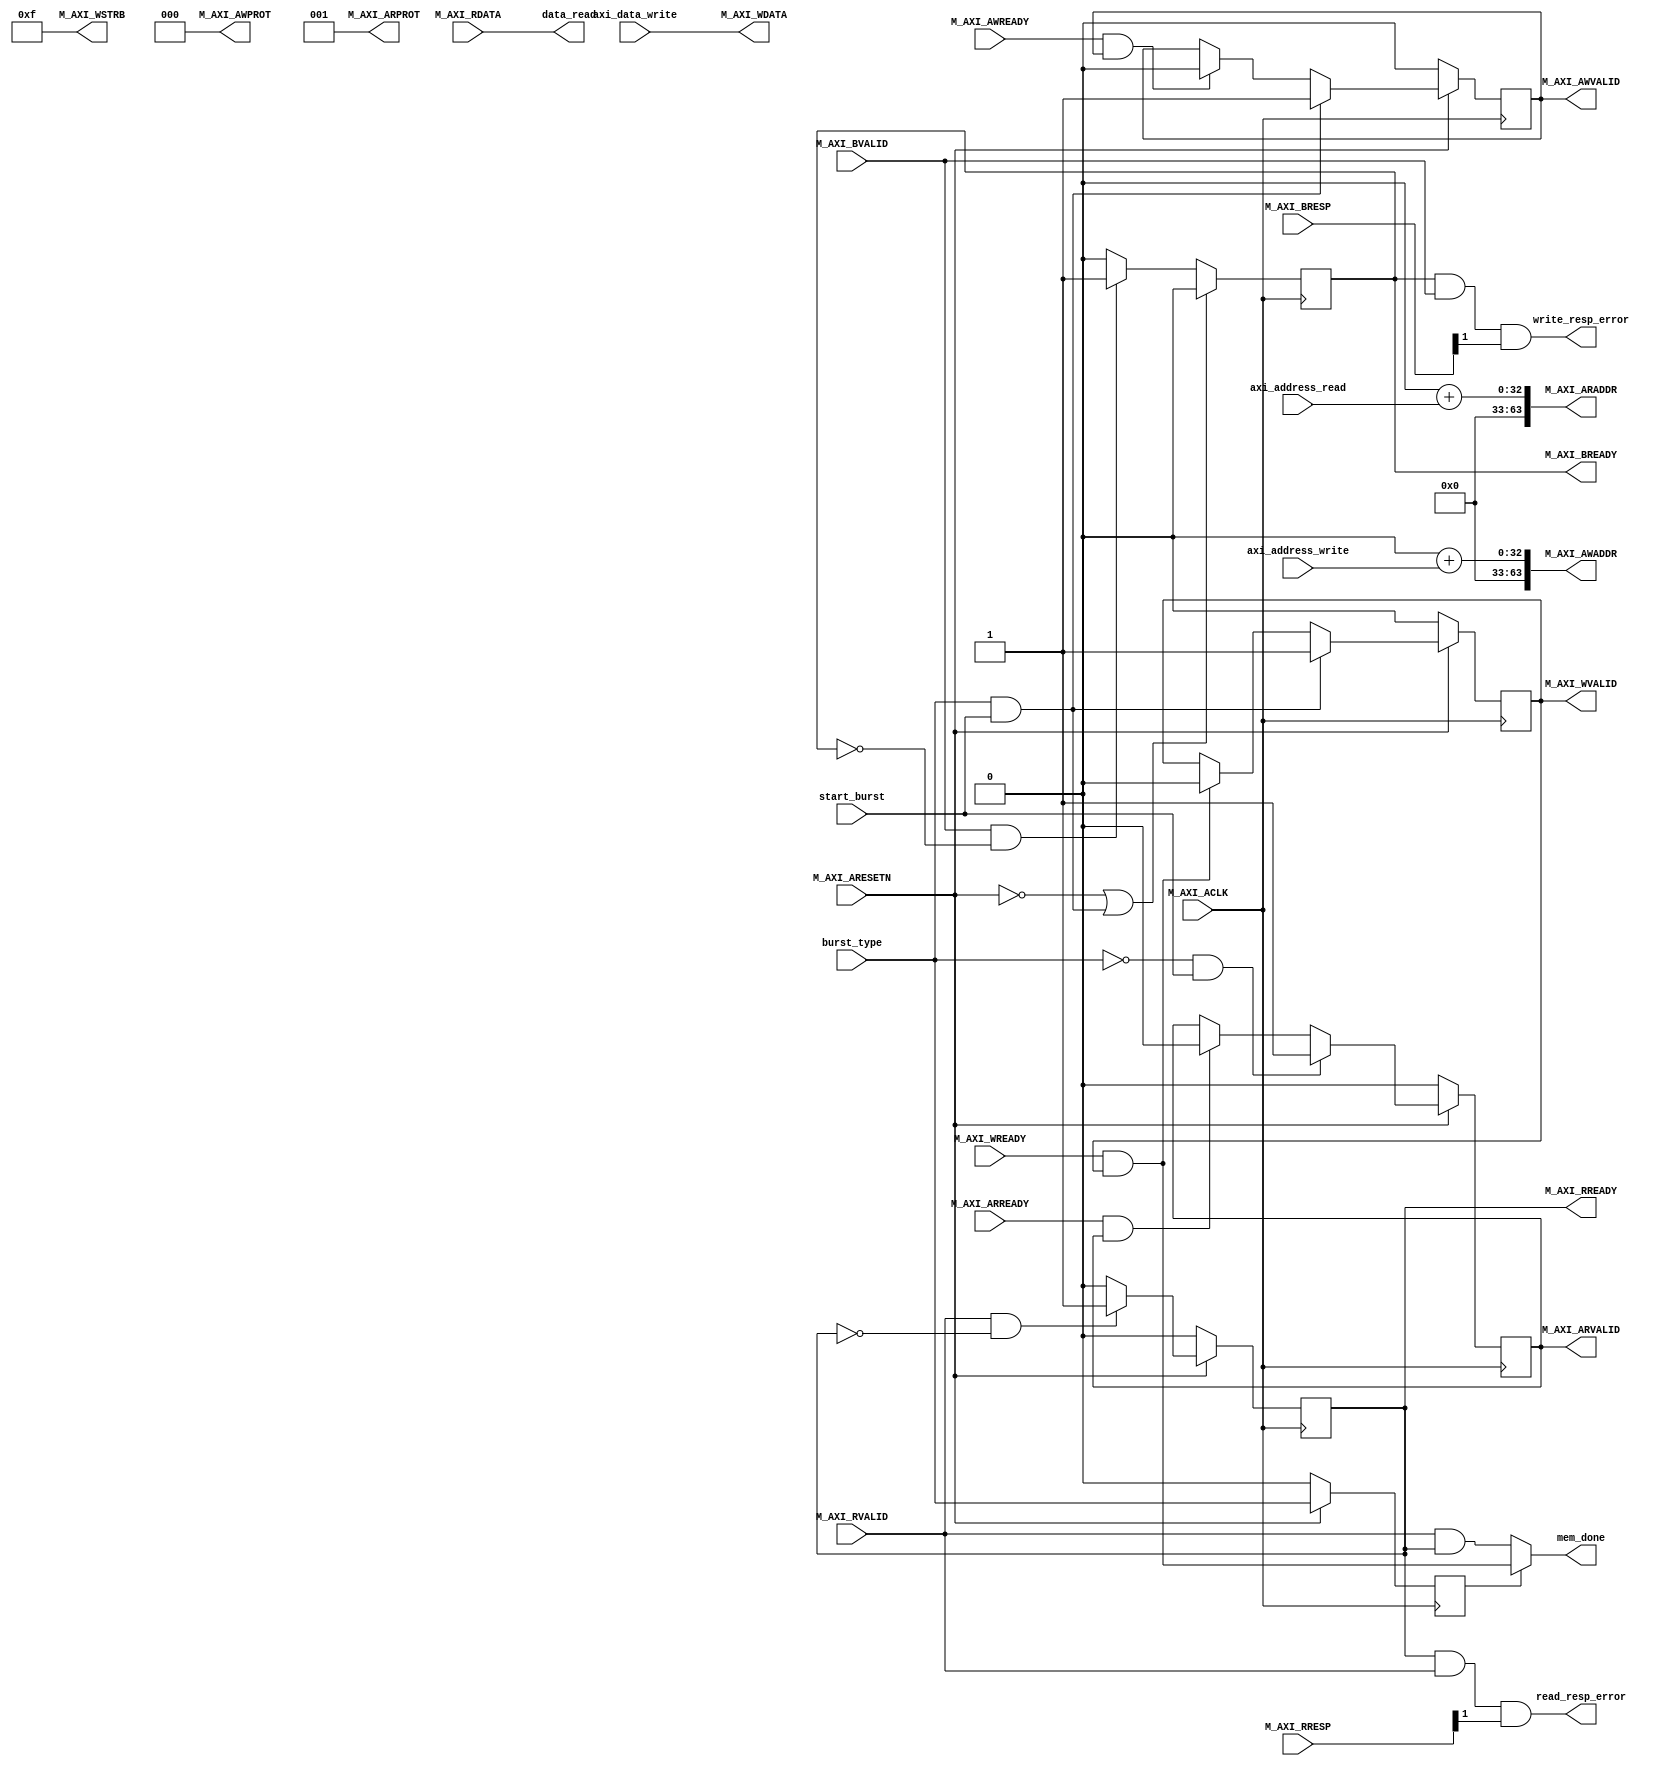
//******************************************************************************
// Copyright (c) 2018 - 2023, Indian Institute of Science, Bangalore.
// All Rights Reserved. See LICENSE for license details.
//------------------------------------------------------------------------------

// Contributors // Manish Kumar(manishkumar5@iisc.ac.in), Shubham Yadav(shubhamyadav@iisc.ac.in)
// Sajin S (sajins@alum.iisc.ac.in), Shubham Sunil Garag (shubhamsunil@alum.iisc.ac.in)
// Anuj Phegade (anujphegade@alum.iisc.ac.in), Deepshikha Gusain (deepshikhag@alum.iisc.ac.in)
// Ronit Patel (ronitpatel@alum.iisc.ac.in), Vishal Kumar (vishalkumar@alum.iisc.ac.in)
// Kuruvilla Varghese (kuru@iisc.ac.in)
//******************************************************************************
`timescale 1 ns / 1 ps

    (* keep_hierarchy = "yes" *)
    module axi_lite_master_interface_dcache
    #
    (
        // Users to add parameters here

        // User parameters ends
        // Do not modify the parameters beyond this line

        // The master will start generating data from the C_M_START_DATA_VALUE value
        parameter  C_M_START_DATA_VALUE = 64'h00000000,
        // The master requires a target slave base address.
        // The master will initiate read and write transactions on the slave with base address specified here as a parameter.
        parameter  C_M_TARGET_SLAVE_BASE_ADDR   = 64'h00000000,
        // Width of M_AXI address bus.
        // The master generates the read and write addresses of width specified as C_M_AXI_ADDR_WIDTH.
        parameter integer C_M_AXI_ADDR_WIDTH    = 64,
        // Width of M_AXI data bus.
        // The master issues write data and accept read data where the width of the data bus is C_M_AXI_DATA_WIDTH
        parameter integer C_M_AXI_DATA_WIDTH    = 32
    )
    (
        // Users to add ports here
        output wire mem_done,
        input  wire burst_type, // 1-> write to memory, 0-> read from memory
        input  wire [31:0]axi_address_read,
        input  wire [31:0]axi_address_write,
        input  wire [31:0]axi_data_write, //cache line to be read/written
        output wire [31:0]data_read,
        input  wire start_burst,                               // Start read transaction
 //     output wire [63 : 0] data_read,                       // data read from slave
        output wire read_resp_error,                          // flag any read response error
        output wire write_resp_error,

        // User ports ends
        // Do not modify the ports beyond this line


        input wire  M_AXI_ACLK,
        // AXI active low reset signal
        input wire  M_AXI_ARESETN,
        // Master Interface Write Address Channel ports. Write address (issued by master)
        output wire [C_M_AXI_ADDR_WIDTH-1 : 0] M_AXI_AWADDR,
        // Write channel Protection type.
    // This signal indicates the privilege and security level of the transaction,
    // and whether the transaction is a data access or an instruction access.
        output wire [2 : 0] M_AXI_AWPROT,
        // Write address valid.
    // This signal indicates that the master signaling valid write address and control information.
        output wire  M_AXI_AWVALID,
        // Write address ready.
    // This signal indicates that the slave is ready to accept an address and associated control signals.
        input wire  M_AXI_AWREADY,
        // Master Interface Write Data Channel ports. Write data (issued by master)
        output wire [C_M_AXI_DATA_WIDTH-1 : 0] M_AXI_WDATA,
        // Write strobes.
    // This signal indicates which byte lanes hold valid data.
    // There is one write strobe bit for each eight bits of the write data bus.
        output wire [C_M_AXI_DATA_WIDTH/8-1 : 0] M_AXI_WSTRB,
        // Write valid. This signal indicates that valid write data and strobes are available.
        output wire  M_AXI_WVALID,
        // Write ready. This signal indicates that the slave can accept the write data.
        input wire  M_AXI_WREADY,
        // Master Interface Write Response Channel ports.
    // This signal indicates the status of the write transaction.
        input wire [1 : 0] M_AXI_BRESP,
        // Write response valid.
    // This signal indicates that the channel is signaling a valid write response
        input wire  M_AXI_BVALID,
        // Response ready. This signal indicates that the master can accept a write response.
        output wire  M_AXI_BREADY,
        // Master Interface Read Address Channel ports. Read address (issued by master)
        output wire [C_M_AXI_ADDR_WIDTH-1 : 0] M_AXI_ARADDR,
        // Protection type.
    // This signal indicates the privilege and security level of the transaction,
    // and whether the transaction is a data access or an instruction access.
        output wire [2 : 0] M_AXI_ARPROT,
        // Read address valid.
    // This signal indicates that the channel is signaling valid read address and control information.
        output wire  M_AXI_ARVALID,
        // Read address ready.
    // This signal indicates that the slave is ready to accept an address and associated control signals.
        input wire  M_AXI_ARREADY,
        // Master Interface Read Data Channel ports. Read data (issued by slave)
        input wire [C_M_AXI_DATA_WIDTH-1 : 0] M_AXI_RDATA,
        // Read response. This signal indicates the status of the read transfer.
        input wire [1 : 0] M_AXI_RRESP,
        // Read valid. This signal indicates that the channel is signaling the required read data.
        input wire  M_AXI_RVALID,
        // Read ready. This signal indicates that the master can accept the read data and response information.
        output wire  M_AXI_RREADY
    );

    // function called clogb2 that returns an integer which has the
    // value of the ceiling of the log base 2

     function integer clogb2 (input integer bit_depth);
         begin
         for(clogb2=0; bit_depth>0; clogb2=clogb2+1)
             bit_depth = bit_depth >> 1;
         end
     endfunction


    // AXI4LITE signals
    //write address valid
    reg     axi_awvalid;
    //write data valid
    reg     axi_wvalid;
    //read address valid
    reg     axi_arvalid;
    //read data acceptance
    reg     axi_rready;
    //write response acceptance
    reg     axi_bready;
    //write address
    reg [C_M_AXI_DATA_WIDTH-1 : 0]  axi_wdata;

    //A pulse to initiate a write transaction
    //index counter to track the number of write transaction issued
    //reg [TRANS_NUM_BITS : 0]  write_index;
    //index counter to track the number of read transaction issued
    //reg [TRANS_NUM_BITS : 0]  read_index;
    //Expected read data used to compare with the read data.
    reg burst_type_reg;


    // I/O Connections assignments

    //Adding the offset address to the base addr of the slave
    assign M_AXI_AWADDR = C_M_TARGET_SLAVE_BASE_ADDR + axi_address_write;
    //AXI 4 write data
    assign M_AXI_WDATA  = axi_data_write;
    assign M_AXI_AWPROT = 3'b000;
    assign M_AXI_AWVALID    = axi_awvalid;
    //Write Data(W)
    assign M_AXI_WVALID = axi_wvalid;
    //Set all byte strobes in this example
    assign M_AXI_WSTRB  = 4'b1111;
    //Write Response (B)
    assign M_AXI_BREADY = axi_bready;
    //Read Address (AR)
    assign M_AXI_ARADDR = C_M_TARGET_SLAVE_BASE_ADDR + axi_address_read;
    assign M_AXI_ARVALID    = axi_arvalid;
    assign M_AXI_ARPROT = 3'b001;
    //Read and Read Response (R)
    assign M_AXI_RREADY = axi_rready;
    assign data_read = M_AXI_RDATA;




    //--------------------
    //Write Address Channel
    //--------------------

    // The purpose of the write address channel is to request the address and
    // command information for the entire transaction.  It is a single beat
    // of information.

    // Note for this example the axi_awvalid/axi_wvalid are asserted at the same
    // time, and then each is deasserted independent from each other.
    // This is a lower-performance, but simplier control scheme.

    // AXI VALID signals must be held active until accepted by the partner.

    // A data transfer is accepted by the slave when a master has
    // VALID data and the slave acknoledges it is also READY. While the master
    // is allowed to generated multiple, back-to-back requests by not
    // deasserting VALID, this design will add rest cycle for
    // simplicity.

    // Since only one outstanding transaction is issued by the user design,
    // there will not be a collision between a new request and an accepted
    // request on the same clock cycle.

      always @(posedge M_AXI_ACLK)
      begin
        //Only VALID signals must be deasserted during reset per AXI spec
        //Consider inverting then registering active-low reset for higher fmax
        if (M_AXI_ARESETN == 0)
          begin
            axi_awvalid <= 1'b0;
          end
          //Signal a new address/data command is available by user logic
        else
          begin
            if ((burst_type & start_burst))
              begin
                axi_awvalid <= 1'b1;
              end
         //Address accepted by interconnect/slave (issue of M_AXI_AWREADY by slave)
            else if (M_AXI_AWREADY && axi_awvalid)
              begin
                axi_awvalid <= 1'b0;
              end
          end
      end



    //--------------------
    //Write Data Channel
    //--------------------

    //The write data channel is for transfering the actual data.
    //The data generation is speific to the example design, and
    //so only the WVALID/WREADY handshake is shown here

       always @(posedge M_AXI_ACLK)
       begin
         if (M_AXI_ARESETN == 0)
           begin
             axi_wvalid <= 1'b0;
           end
         //Signal a new address/data command is available by user logic
         else if ((burst_type & start_burst))
           begin
             axi_wvalid <= 1'b1;
           end
         //Data accepted by interconnect/slave (issue of M_AXI_WREADY by slave)
         else if (M_AXI_WREADY && axi_wvalid)
           begin
            axi_wvalid <= 1'b0;
           end
       end


    //----------------------------
    //Write Response (B) Channel
    //----------------------------

    //The write response channel provides feedback that the write has committed
    //to memory. BREADY will occur after both the data and the write address
    //has arrived and been accepted by the slave, and can guarantee that no
    //other accesses launched afterwards will be able to be reordered before it.

    //The BRESP bit [1] is used indicate any errors from the interconnect or
    //slave for the entire write burst. This example will capture the error.

    //While not necessary per spec, it is advisable to reset READY signals in
    //case of differing reset latencies between master/slave.

      always @(posedge M_AXI_ACLK)
      begin
        if (M_AXI_ARESETN == 0 || (burst_type & start_burst))
          begin
            axi_bready <= 1'b0;
          end
        // accept/acknowledge bresp with axi_bready by the master
        // when M_AXI_BVALID is asserted by slave
        else if (M_AXI_BVALID && ~axi_bready)
          begin
            axi_bready <= 1'b1;
          end
        // deassert after one clock cycle
        else if (axi_bready)
          begin
            axi_bready <= 1'b0;
          end
        // retain the previous value
        else
          axi_bready <= axi_bready;
      end

    //Flag write errors
    assign write_resp_error = (axi_bready & M_AXI_BVALID & M_AXI_BRESP[1]);


    //----------------------------
    //Read Address Channel
    //----------------------------


      // A new axi_arvalid is asserted when there is a valid read address
      // available by the master. start_single_read triggers a new read
      // transaction
      always @(posedge M_AXI_ACLK)
      begin
        if (M_AXI_ARESETN == 0)
          begin
            axi_arvalid <= 1'b0;
          end
        //Signal a new read address command is available by user logic
        else if ((!burst_type & start_burst))
          begin
            axi_arvalid <= 1'b1;
          end
        //RAddress accepted by interconnect/slave (issue of M_AXI_ARREADY by slave)
        else if (M_AXI_ARREADY && axi_arvalid)
          begin
            axi_arvalid <= 1'b0;
          end
        // retain the previous value
      end


    //--------------------------------
    //Read Data (and Response) Channel
    //--------------------------------

    //The Read Data channel returns the results of the read request
    //The master will accept the read data by asserting axi_rready
    //when there is a valid read data available.
    //While not necessary per spec, it is advisable to reset READY signals in
    //case of differing reset latencies between master/slave.

      always @(posedge M_AXI_ACLK)
      begin
        if (M_AXI_ARESETN == 0)
          begin
            axi_rready <= 1'b0;
          end
        // accept/acknowledge rdata/rresp with axi_rready by the master
        // when M_AXI_RVALID is asserted by slave
        else if (M_AXI_RVALID && ~axi_rready)
          begin
            axi_rready <= 1'b1;
          end
        // deassert after one clock cycle
        else if (axi_rready)
          begin
            axi_rready <= 1'b0;
          end
        // retain the previous value
      end

    //Flag write errors
    assign read_resp_error = (axi_rready & M_AXI_RVALID & M_AXI_RRESP[1]);


    always @(posedge M_AXI_ACLK)
      begin
        if (M_AXI_ARESETN == 0)
            burst_type_reg <= 0;
        else
            burst_type_reg <= burst_type;
      end

    assign mem_done = burst_type_reg ? (axi_wvalid && M_AXI_WREADY) : (M_AXI_RVALID && axi_rready);


    endmodule